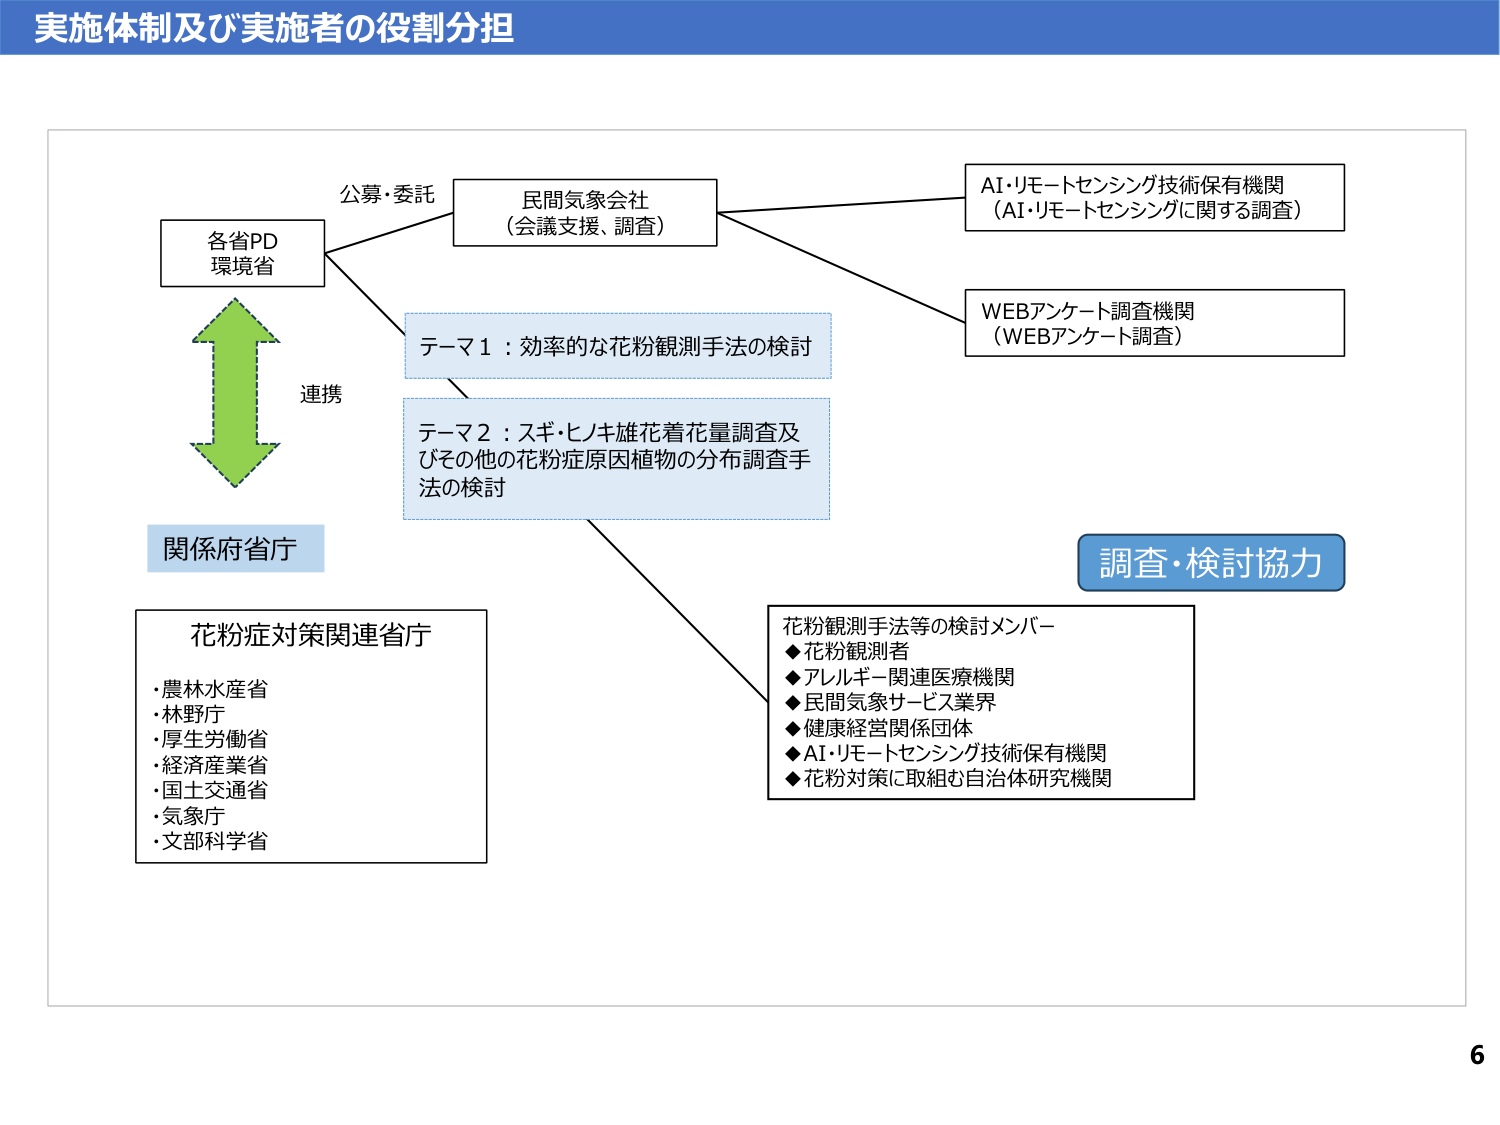
実施体制及び実施者の役割分担

各省PD
環境省

公募・委託

民間気象会社
（会議支援、調査）

AI・リモートセンシング技術保有機関
（AI・リモートセンシングに関する調査）

WEBアンケート調査機関
（WEBアンケート調査）

テーマ1：効率的な花粉観測手法の検討

テーマ2：スギ・ヒノキ雄花着花量調査及びその他の花粉症原因植物の分布調査手法の検討

連携

関係府省

花粉症対策関連省庁
・農林水産省
・林野庁
・厚生労働省
・経済産業省
・国土交通省
・気象庁
・文部科学省

調査・検討協力

花粉観測手法等の検討メンバー
◆花粉観測者
◆アレルギー関連医療機関
◆民間気象サービス業界
◆健康経営関係団体
◆AI・リモートセンシング技術保有機関
◆花粉対策に取組む自治体研究機関

6